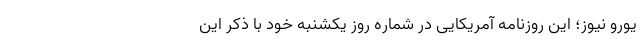
یورو نیوز؛ این روزنامه آمریکایی در شماره روز یکشنبه خود با ذکر این